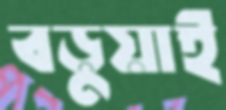
বড়ুয়াই